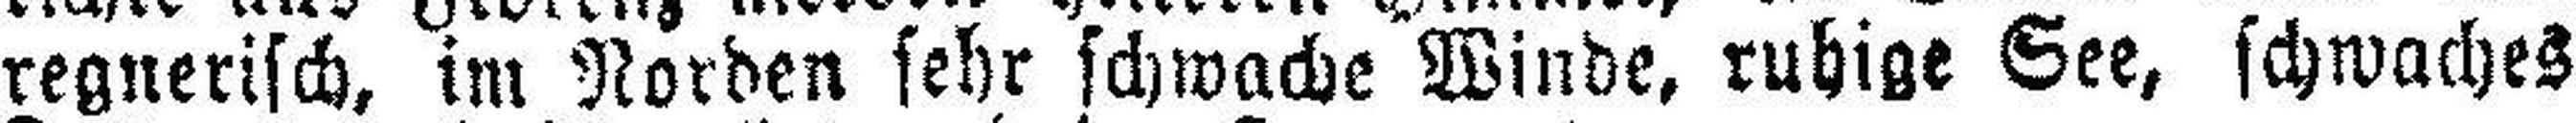
regnerisch, im Norden sehr schwache Winde, ruhige See, schwaches